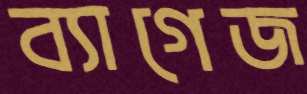
ব্যাগেজ